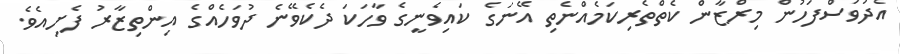
އެދުވަސްފަހުން މިރްޒާން ކެތްތެރިކަމެއްނެތި އޭނަގެ ކައިވެނީގެ ވާހަކަ ދެކެވޭނެ ދުވަހެއްގެ އިންތިޒާރު ފެށިއެވެ.